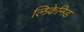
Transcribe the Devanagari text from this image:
लिकेनिड